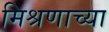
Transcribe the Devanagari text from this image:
मिश्रणाच्या